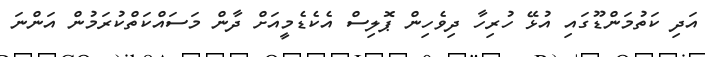
އަދި ކަތުމަންޑޫގައި އުޅޭ ހުރިހާ ދިވެހިން ޕޮލިސް އެކެޑެމީއަށް ދާން މަސައްކަތްކުރަމުން އަންނަ